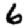
Digit: 6